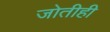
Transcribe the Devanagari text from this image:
जोतीही